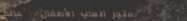
متجر العاب الأطفال   عالم